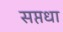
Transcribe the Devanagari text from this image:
सप्तधा